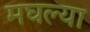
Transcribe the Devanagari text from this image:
मघल्या